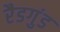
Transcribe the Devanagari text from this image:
रैडगुंड